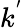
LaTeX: k^{'}